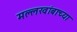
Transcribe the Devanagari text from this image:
मल्लखांबाच्या